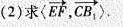
(2)求<EF,CB> .